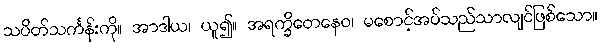
သပိတ်သင်္ကန်းကို။ အာဒါယ၊ ယူ၍။ အရက္ခိတေနေဝ၊ မစောင့်အပ်သည်သာလျင်ဖြစ်သော။